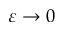
\varepsilon \rightarrow 0